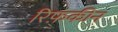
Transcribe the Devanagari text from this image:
रिफ़कीन